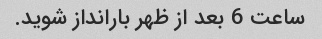
ساعت 6 بعد از ظهر بارانداز شوید.